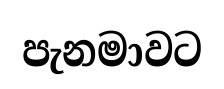
පැනමාවට